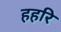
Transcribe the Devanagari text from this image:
हहरि